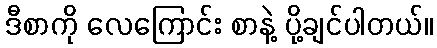
ဒီစာကို လေကြောင်း စာနဲ့ ပို့ချင်ပါတယ်။